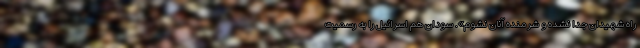
راه شهیدان جدا نشده و شرمنده آنان نشوم». سودان هم اسرائیل را به رسمیت